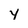
Character: Y